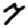
Digit: 7